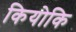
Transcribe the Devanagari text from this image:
कियोकि